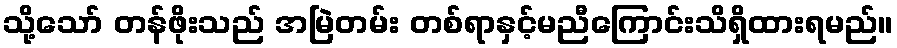
သို့သော် တန်ဖိုးသည် အမြဲတမ်း တစ်ရာနှင့်မညီကြောင်းသိရှိထားရမည်။